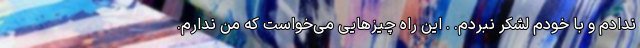
ندادم و با خودم لشکر نبردم. . این راه چیزهایی می‌خواست که من ندارم.